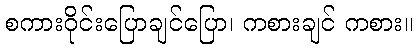
စကားဝိုင်းပြောချင်ပြော၊ ကစားချင် ကစား။